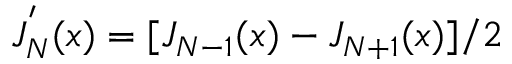
J _ { N } ^ { ' } ( x ) = [ J _ { N - 1 } ( x ) - J _ { N + 1 } ( x ) ] / 2